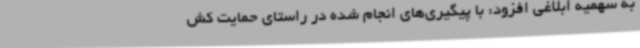
به سهمیه ابلاغی افزود: با پیگیری‌های انجام شده در راستای حمایت کش